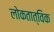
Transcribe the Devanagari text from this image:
लोकतात्विक